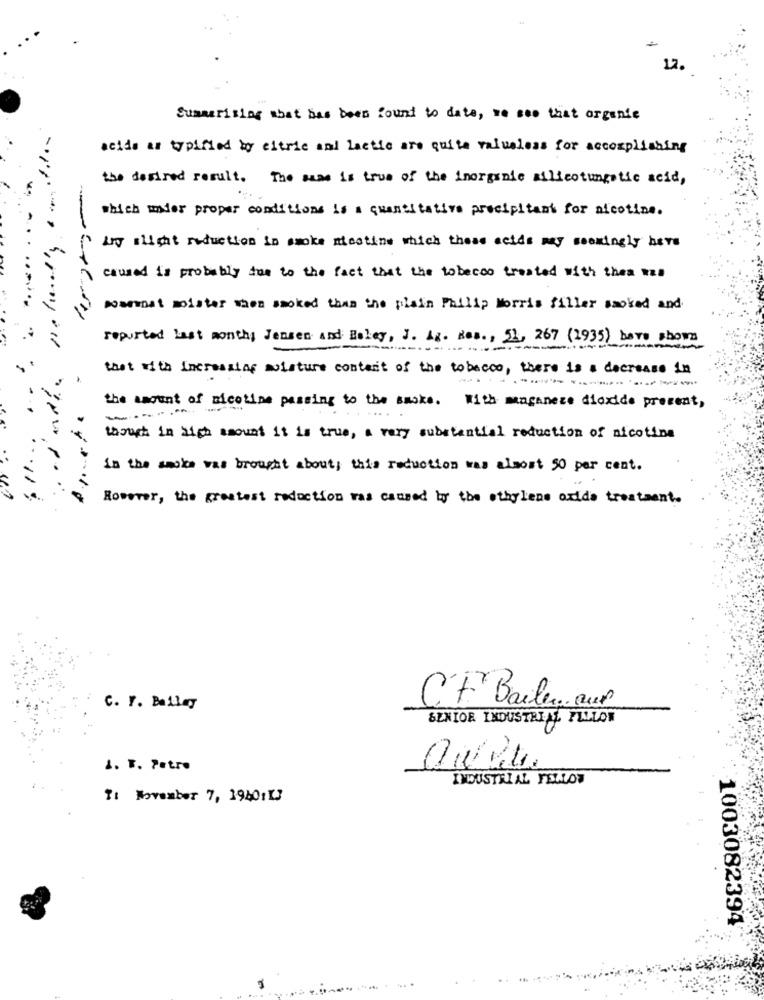
12.
Summarizing what has been found to date, we see that organic
acids as typified by citric and Lactic are quite valueless for accomplishing
the desired result. The same is true of the inorganic silicotungstic acid,
which under proper conditions is a quantitative precipitan for nicotine.
Any slight reduction in smoke nicotine which these acids my seemingly here
caused is probably the to the fact that the tobacco created with then was
warmest mister when smoked than the plain Philip Morris filler smoked and
reported last months Jensen and Boley, J. Lg. Res ., 51, 267 (1935) have shown
that with Increasing moisture content of the tobacco, there is a decrease in
.--- ----------
the amount of nicotine passing to the smoke. With maganeze dioxide procent,
thrust in high amount it is true, a very substantial reduction of nicotina
is the smoke was brought about; this reduction was almost 50 per cent.
However, the greatest reduction was caused by the othylene oxide treatment.
C.F Bailen. our
C. F. Bailey
SENIOR INDUSTRIAL FILLON
1. T. Patro
INDUSTRIAL FSALOT
Tt November 7, 194011
1003082394